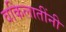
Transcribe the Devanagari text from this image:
वकिलातींनी